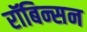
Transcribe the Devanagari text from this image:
रॉबिन्सन